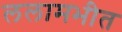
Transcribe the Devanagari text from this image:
ललामभीत